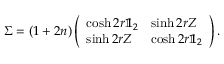
\Sigma = ( 1 + 2 n ) \left( \begin{array} { l l } { \cosh 2 r \mathbb { 1 } _ { 2 } } & { \sinh 2 r Z } \\ { \sinh 2 r Z } & { \cosh 2 r \mathbb { 1 } _ { 2 } } \end{array} \right) .